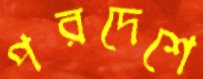
পরদেশে